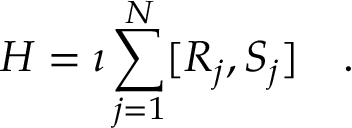
H = \imath \sum _ { j = 1 } ^ { N } [ R _ { j } , S _ { j } ] ~ ~ ~ .